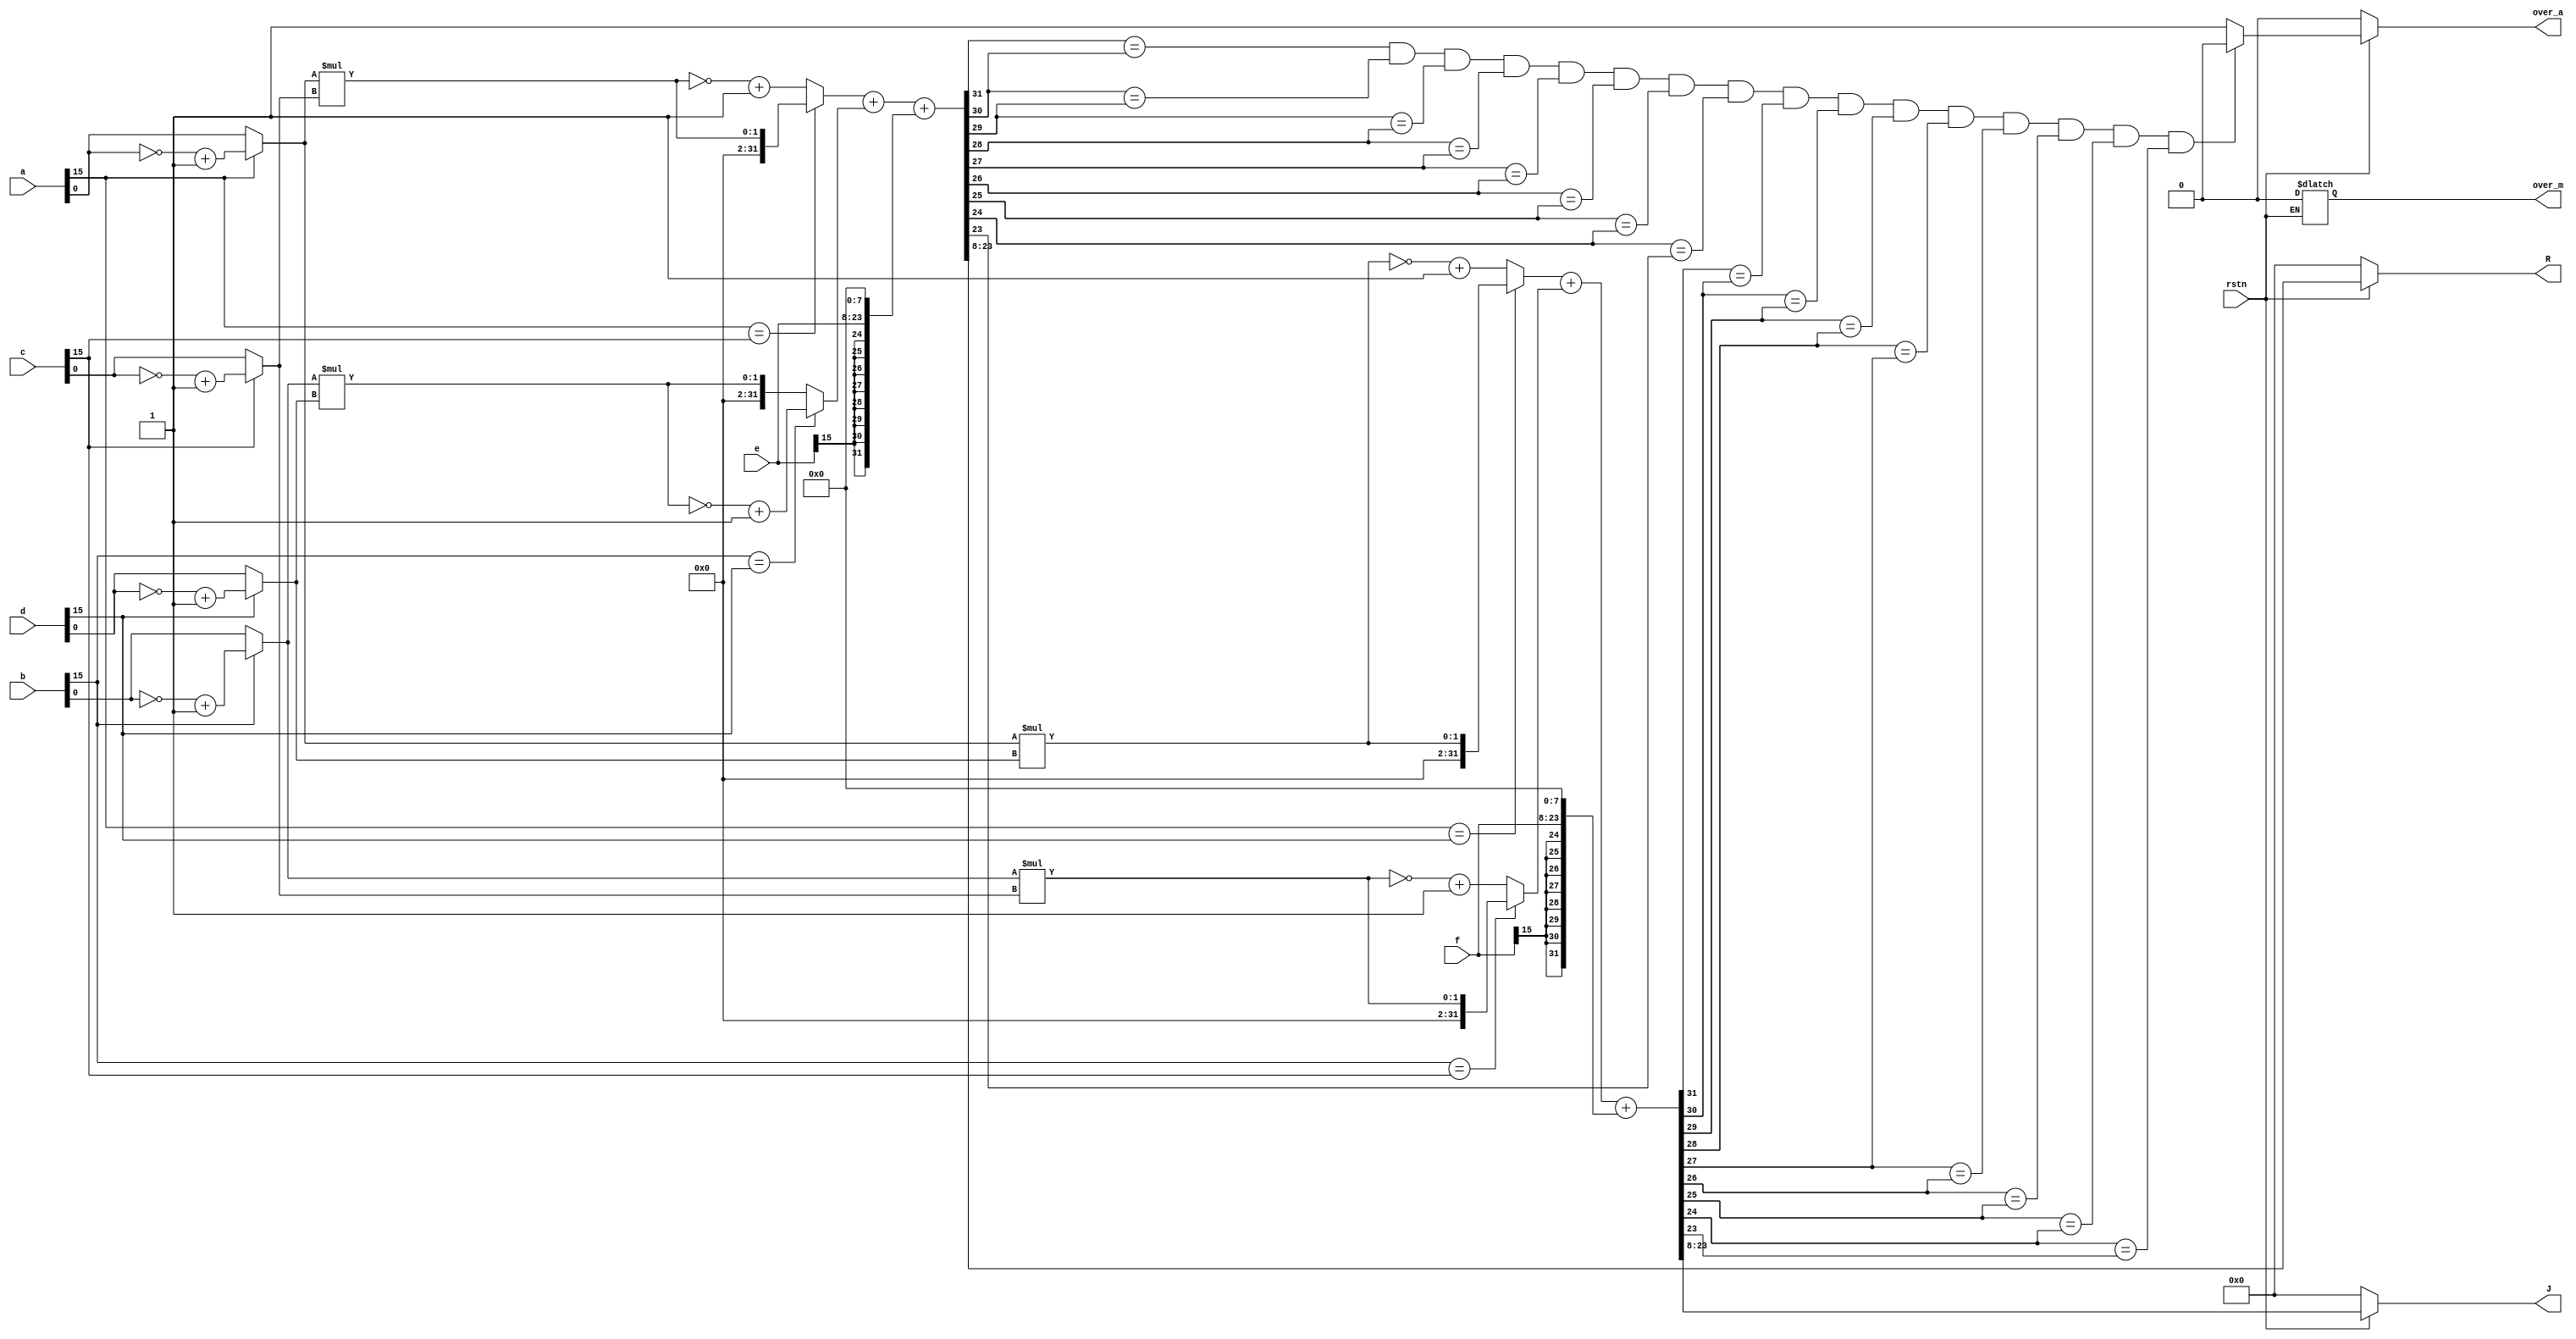
`timescale 1ns / 1ps
/*

15[31:16]
R+Ji=(a+bi)(c+di)+e+fi
R=ac-bd+e
J=bc+ad+f
*/
module MAC(
    input wire rstn,
    input wire[15:0] a,
    input wire[15:0] b,
    input wire[15:0] c,
    input wire[15:0] d,
    input wire[15:0] e,
    input wire[15:0] f,
    
    output reg[15:0] R,
    output reg[15:0] J,
    output reg over_m,    //
    output reg over_a     //
    );
    wire siga,sigb,sigc,sigd;
    assign siga = a[15];assign sigb = b[15];
    assign sigc = c[15];assign sigd = d[15];
    reg absa,absb,absc,absd;
    reg[31:0] ac,ibd,ad,bc;
    reg[31:0] R_temp,J_temp;
    always @(*) begin
        if(siga==1'b1) absa = ~a+16'h0001;
        else absa = a;
        if(sigb==1'b1) absb = ~b+16'h0001;
        else absb = b;
        if(sigc==1'b1) absc = ~c+16'h0001;
        else absc = c;
        if(sigd==1'b1) absd = ~d+16'h0001;
        else absd = d;    //get abs
        
        if(siga==sigc) ac = {16'h0000,absa}*{16'h0000,absc};
        else ac = ~({16'h0000,absa}*{16'h0000,absc})+32'h0000_0001;
        if(sigb==sigd) ibd = ~({16'h0000,absb}*{16'h0000,absd})+32'h0000_0001;
        else ibd = {16'h0000,absb}*{16'h0000,absd};
        if(sigb==sigc) bc = {16'h0000,absb}*{16'h0000,absc};
        else bc = ~({16'h0000,absb}*{16'h0000,absc})+32'h0000_0001;
        if(siga==sigd) ad = {16'h0000,absa}*{16'h0000,absd};
        else ad = ~({16'h0000,absa}*{16'h0000,absd})+32'h0000_0001;    //get mult
        
        R_temp = ac + ibd + {e[15],e[15],e[15],e[15],e[15],e[15],e[15],e[15],e,8'h00};    //
        J_temp = ad + bc  + {f[15],f[15],f[15],f[15],f[15],f[15],f[15],f[15],f,8'h00};
        
        if(rstn == 1'b1) begin    //
            R = R_temp[23:8];
            J = J_temp[23:8];    //
            if(R_temp[31]==R_temp[30] && R_temp[30]==R_temp[29] && 
            R_temp[29]==R_temp[28] && R_temp[28]==R_temp[27] && 
            R_temp[27]==R_temp[26] && R_temp[26]==R_temp[25] && 
            R_temp[25]==R_temp[24] && R_temp[24]==R_temp[23] && 
            J_temp[31]==J_temp[30] && J_temp[30]==J_temp[29] && 
            J_temp[29]==J_temp[28] && J_temp[28]==J_temp[27] && 
            J_temp[27]==J_temp[26] && J_temp[26]==J_temp[25] && 
            J_temp[25]==J_temp[24] && J_temp[24]==J_temp[23]) over_a = 1'b0;
            else over_a = 1'b1;
        end
        else begin
            R = 16'h0000;
            J = 16'h0000;
            over_m = 1'b0;
            over_a = 1'b0;
        end
    end    //always
endmodule